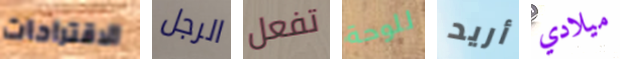
الاقتراحات الرجل تفعل للوحة أريد ميلادي